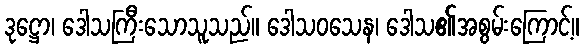
ဒုဋ္ဌော၊ ဒေါသကြီးသောသူသည်။ ဒေါသဝသေန၊ ဒေါသ၏အစွမ်းကြောင့်။